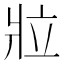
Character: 𬌁